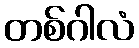
တစ်ဂါလံ